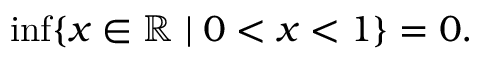
\operatorname* { i n f } \{ x \in \mathbb { R } \mid 0 < x < 1 \} = 0 .